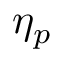
\eta _ { p }